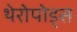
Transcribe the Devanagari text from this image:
थेरोपोड्स